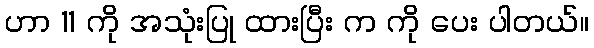
ဟာ 11 ကို အသုံးပြု ထားပြီး က ကို ပေး ပါတယ်။